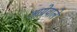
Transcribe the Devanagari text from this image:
आग्रेवाले